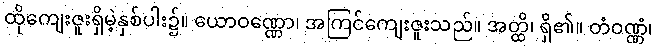
ထိုကျေးဇူးရှိမဲ့နှစ်ပါး၌။ ယောဝဏ္ဏော၊ အကြင်ကျေးဇူးသည်။ အတ္ထိ၊ ရှိ၏။ တံဝဏ္ဏံ၊